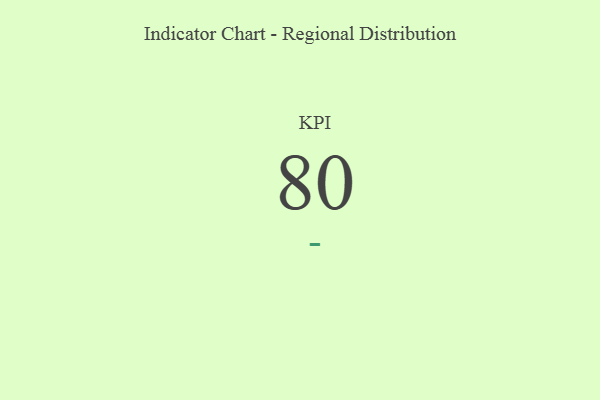
{"axis": {"x": "KPI", "y": "Value"}, "legend": [""], "data": [{"x": "KPI", "y": 80, "type": ""}]}